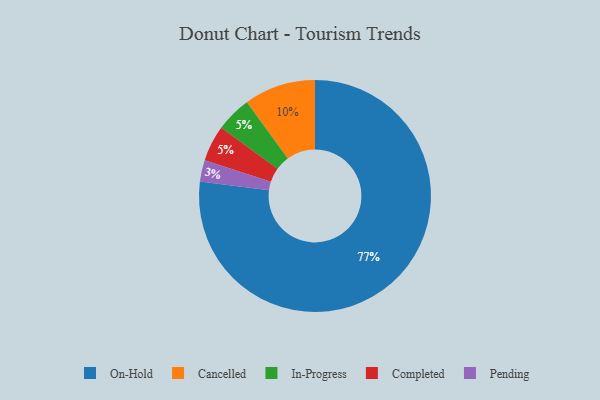
{"axis": {"x": "Category", "y": "Percentage"}, "legend": ["Cancelled", "Completed", "In-Progress", "On-Hold", "Pending"], "data": [{"x": "In-Progress", "y": 5, "type": "In-Progress"}, {"x": "Pending", "y": 3, "type": "Pending"}, {"x": "Completed", "y": 5, "type": "Completed"}, {"x": "On-Hold", "y": 77, "type": "On-Hold"}, {"x": "Cancelled", "y": 10, "type": "Cancelled"}]}